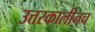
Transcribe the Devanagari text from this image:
उत्तरकालीनच